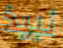
نبيذ